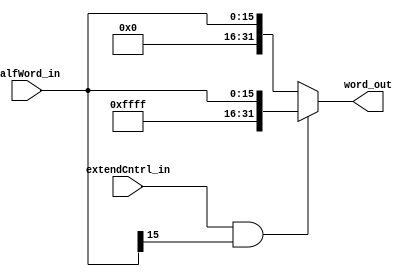
module EXTEND
  (
   word_out,
   halfWord_in, 
   extendCntrl_in
   );
   
   parameter     ext_delay = 3;  

   output [31:0] word_out;				
   reg [31:0] 	 word_out, temp;
   
   input [15:0]  halfWord_in ;	
   input 	 extendCntrl_in;
   
   always @*
     begin
	#ext_delay;
	if (extendCntrl_in & (halfWord_in[15])) 
	  word_out = {16'hffff, halfWord_in};
	else
	  word_out = {16'b0, halfWord_in};
     end
   
endmodule